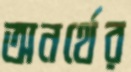
অনর্থের